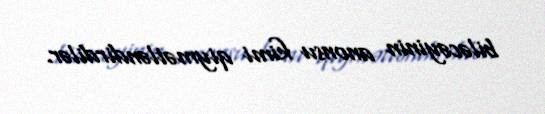
biləcəyinin anonsu kimi qiymətləndirdilər.